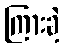
ကြားခဲ့